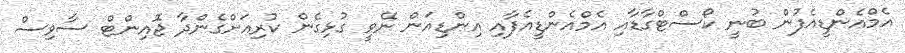
އެމްއެންޑީއެފުން ބުނީ ކޯސްޓްގާޑާއި އެމްއެންޑީއެފާއި އިންޑިއަން ނޭވީ ގުޅިގެން ކުރިއަށްގެންދާ ޖޮއިންޓް ސާވިސް